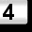
Digit: 4